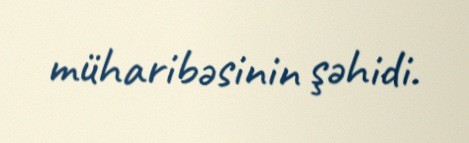
müharibəsinin şəhidi.